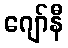
ဂျော်နီ